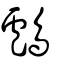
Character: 鸕